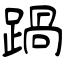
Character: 踻